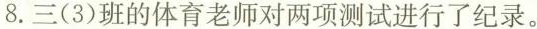
8.三(3)班的体育老师对两项测试进行了纪录。